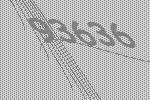
93636